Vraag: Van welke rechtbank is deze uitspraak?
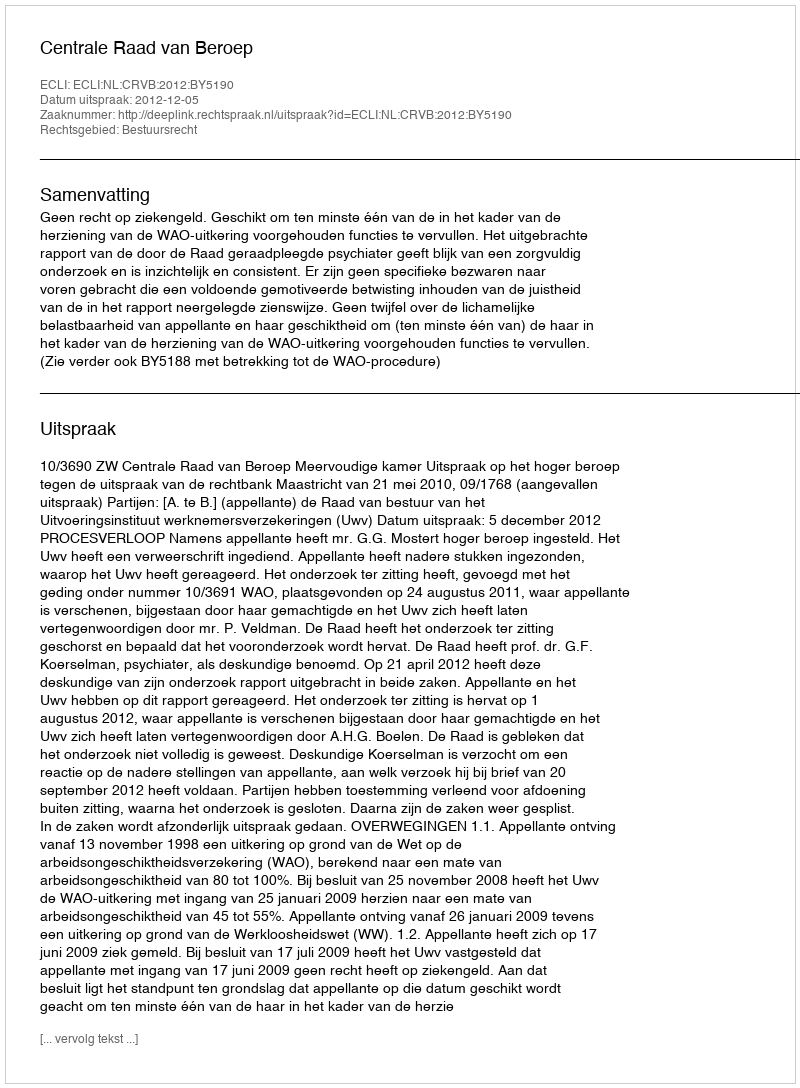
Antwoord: Centrale Raad van Beroep